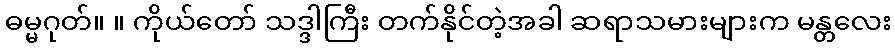
ဓမ္မဂုတ်။ ။ ကိုယ်တော် သဒ္ဒါကြီး တက်နိုင်တဲ့အခါ ဆရာသမားများက မန္တလေး